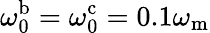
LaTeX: \omega_{\mathrm{0}}^{\mathrm{b}}=\omega_{\mathrm{0}}^{\mathrm{c}}=0.1\omega_{\mathrm{m}}